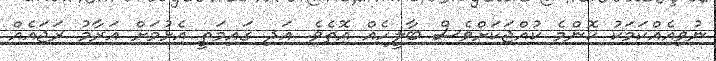
ނުވިއެއްކަމަކު ކޮންމެ ކުއްޖަކަށްވެސް ބާލީހެއް އޮތެވެ. އަދި ގައިމަތީ އެޅުމަށް އަރާމު ރަޖައެއް